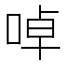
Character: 啅